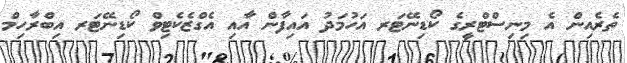
ތެރެއިން އެ މިނިސްޓްރީގެ ކޯޑިނޭޓަރ އަހުމަދު އައިފާން އާއި އެގްޒެކެޓިވް ކޯޑިނޭޓަރ އިބްރާހިމް